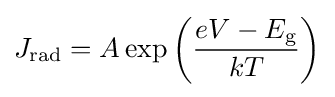
J_{\text{rad}}=A\exp \left({\frac {eV-E_{\text{g}}}{kT}}\right)